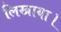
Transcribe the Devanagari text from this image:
लिखाया।